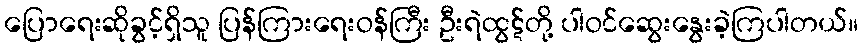
ပြောရေးဆိုခွင့်ရှိသူ ပြန်ကြားရေးဝန်ကြီး ဦးရဲထွဋ်တို့ ပါဝင်ဆွေးနွေးခဲ့ကြပါတယ်။